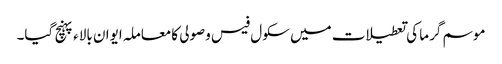
موسم گرما کی تعطیلات میں سکول فیس وصولی کامعاملہ ایوان بالاء پہنچ گیا۔